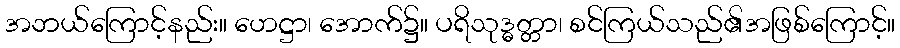
အဘယ်ကြောင့်နည်း။ ဟေဋ္ဌာ၊ အောက်၌။ ပရိသုဒ္ဓတ္တာ၊ စင်ကြယ်သည်၏အဖြစ်ကြောင့်။